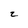
Character: 2